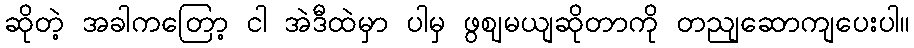
ဆိုတဲ့ အခါကတြော့ ငါ အဲဒီထဲမှာ ပါမှ ဖွဈမယျဆိုတာကို တညျဆောကျပေးပါ။